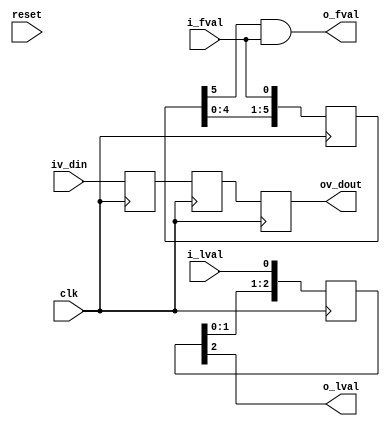
//-------------------------------------------------------------------------------------------------
//  --    : , 2010 -2015.
//  --      .
//  --          : FPGA
//  --        : fval_lval_phase
//  --        : 
//-------------------------------------------------------------------------------------------------
//
//  --  :
//
//  --          :| 				:|  
//-------------------------------------------------------------------------------------------------
//  --        :| 2015/4/10 14:13:37	:|  
//-------------------------------------------------------------------------------------------------
//
//  --      :
//              1)  : ... ...
//
//              2)  : ... ...
//
//              3)  : ... ...
//
//-------------------------------------------------------------------------------------------------
///
`timescale 1ns/1ps
//-------------------------------------------------------------------------------------------------

module fval_lval_phase # (
	parameter			DATA_WIDTH	= 8			//
	)
	(
	input						clk			,	//
	input						reset		,	//
	input						i_fval		,	//
	input						i_lval		,	//
	input	[DATA_WIDTH-1:0]	iv_din		,	//
	output						o_fval		,	//
	output						o_lval		,	//
	output	[DATA_WIDTH-1:0]	ov_dout			//
	);

	//	ref signals
	reg		[5:0]					fval_shift		= 6'b0;
	reg		[2:0]					lval_shift		= 3'b0;
	reg		[DATA_WIDTH-1:0]		pix_data_dly0	= {DATA_WIDTH{1'b0}};
	reg		[DATA_WIDTH-1:0]		pix_data_dly1	= {DATA_WIDTH{1'b0}};
	reg		[DATA_WIDTH-1:0]		pix_data_dly2	= {DATA_WIDTH{1'b0}};
	
	
	//	ref ARCHITECTURE

	//  -------------------------------------------------------------------------------------
	//	
	//  -------------------------------------------------------------------------------------
	//	-------------------------------------------------------------------------------------
	//	6
	//	-------------------------------------------------------------------------------------
	always @ (posedge clk) begin
		fval_shift	<= {fval_shift[4:0],i_fval};
	end

	//	-------------------------------------------------------------------------------------
	//	3
	//	-------------------------------------------------------------------------------------
	always @ (posedge clk) begin
		lval_shift	<= {lval_shift[1:0],i_lval};
	end

	//	-------------------------------------------------------------------------------------
	//	3
	//	-------------------------------------------------------------------------------------
	always @ (posedge clk) begin
		pix_data_dly0	<= iv_din;
		pix_data_dly1	<= pix_data_dly0;
		pix_data_dly2	<= pix_data_dly1;
	end

	assign	o_fval		= fval_shift[5] & i_fval;
	assign	o_lval		= lval_shift[2];
	assign	ov_dout		= pix_data_dly2;



endmodule